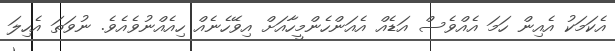
އެކަމަކު އެއިން ހަމަ އެއްވެސް އަޑެއް އެއަންހެންމީހާއަށް އިވޭހެނެއް ހިއެއްނުވެއެވެ. ނުވަތަ އެހިލަ